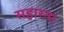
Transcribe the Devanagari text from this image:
सहारना